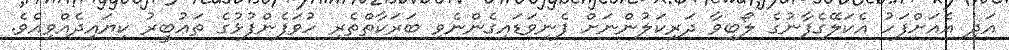
އަދި އެއަށްފަހު އެކަލޭގެފާނުގެ ލޯބިވާ ދަރިކަލުންނަށް ފެނިވަޑައިގެންނެވި ބަރަކާތްތެރި ހުވަފެންފުޅުގެ ތަޢުބީރު ކިޔައިދެއްވިއެވެ.